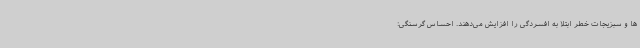
ها و سبزیجات خطر ابتلا به افسردگی را افزایش می‌دهند. احساس گرسنگی: